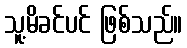
သူ့မိခင်ပင် ဖြစ်သည်။